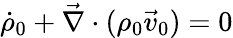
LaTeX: \dot{\rho}_{0}+\vec{\nabla}\cdot(\rho_{0}\vec{v}_{0})=0